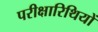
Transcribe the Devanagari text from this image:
परीक्षारिथियों